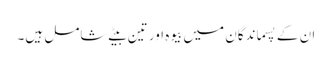
ان کے پسماندگان میں بیوہ اور تین بیٹے شامل ہیں۔